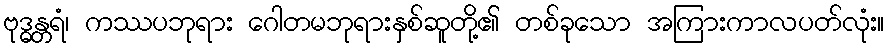
ဗုဒ္ဓန္တရံ၊ ကဿပဘုရား ဂေါတမဘုရားနှစ်ဆူတို့၏ တစ်ခုသော အကြားကာလပတ်လုံး။